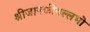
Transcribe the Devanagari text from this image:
श्रीजानकीवल्लभो